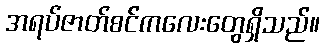
အရပ်ဇာတ်စင်ကလေးတွေရှိသည်။